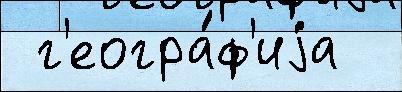
 г'еогра́ф'иjа